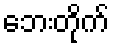
ဘေးတိုက်